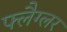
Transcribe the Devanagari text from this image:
फ्लैग्लर